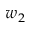
w _ { 2 }